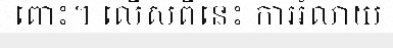
ពោះ។ លើសពីនេះ ការរំលាយ